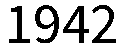
1942